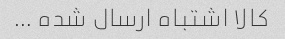
کالا اشتباه ارسال شده …